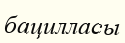
бацилласы